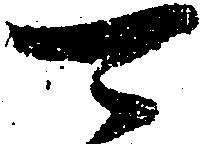
可